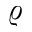
\varrho